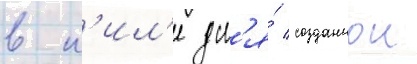
в к'ил'е дл'я́ созданнои